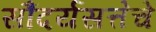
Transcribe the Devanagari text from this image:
सौंदर्यसत्तेचे